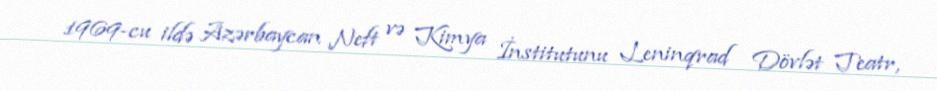
1969-cu ildə Azərbaycan Neft və Kimya İnstitutunu Leninqrad Dövlət Teatr,